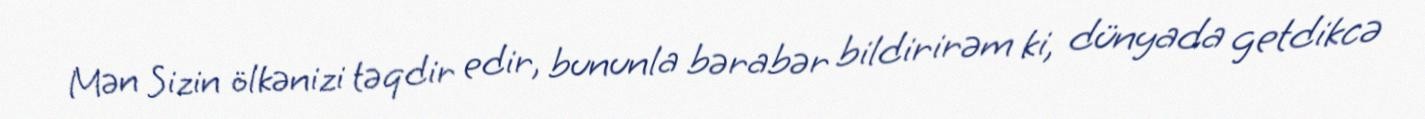
Mən Sizin ölkənizi təqdir edir, bununla bərabər bildirirəm ki, dünyada getdikcə